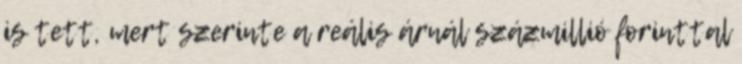
is tett, mert szerinte a reális árnál százmillió forinttal